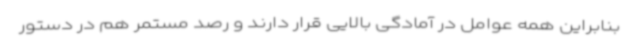
بنابراین همه عوامل در آمادگی بالایی قرار دارند و رصد مستمر هم در دستور